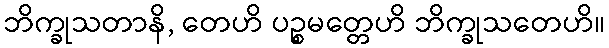
ဘိက္ခုသတာနိ, တေဟိ ပဉ္စမတ္တေဟိ ဘိက္ခုသတေဟိ။